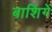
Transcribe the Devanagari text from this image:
बाशिंगें